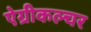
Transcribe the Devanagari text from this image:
ऐग्रीकल्चर